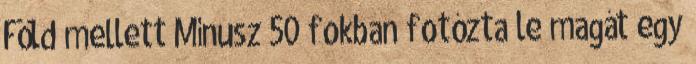
Föld mellett Mínusz 50 fokban fotózta le magát egy